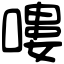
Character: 嘍